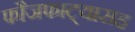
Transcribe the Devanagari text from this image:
फौजफाट्यासह